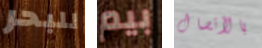
للبحر بيم بالأتصال